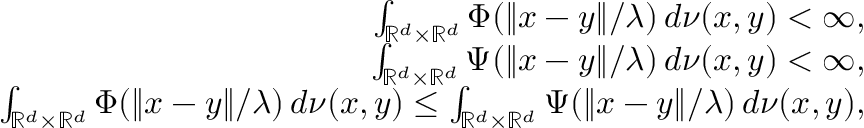
\begin{array} { r l r } & { } & { \int _ { \mathbb { R } ^ { d } \times \mathbb { R } ^ { d } } \Phi ( \| x - y \| / \lambda ) \, d \nu ( x , y ) < \infty , } \\ & { } & { \int _ { \mathbb { R } ^ { d } \times \mathbb { R } ^ { d } } \Psi ( \| x - y \| / \lambda ) \, d \nu ( x , y ) < \infty , } \\ & { } & { \int _ { \mathbb { R } ^ { d } \times \mathbb { R } ^ { d } } \Phi ( \| x - y \| / \lambda ) \, d \nu ( x , y ) \leq \int _ { \mathbb { R } ^ { d } \times \mathbb { R } ^ { d } } \Psi ( \| x - y \| / \lambda ) \, d \nu ( x , y ) , } \end{array}